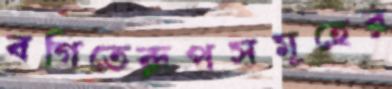
বগিতেরূপসমূহের